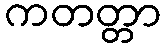
ကတတ္တာ